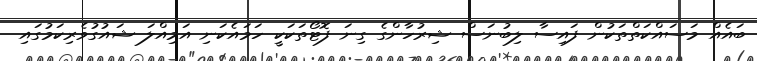
ބައެއް މަސައްކަތްތަކުން ފައިސާ ލިބުނަސް ޝިރުހާންގެ ގިނަ ފޮޓޯތަކަކީ ހަމައެކަނި އަމިއްލަ ޝައުގުވެރިކަމުގައި